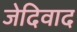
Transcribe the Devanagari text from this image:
जेदिवाद